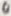
Text: 0